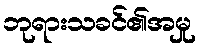
ဘုရားသခင်၏အမှု